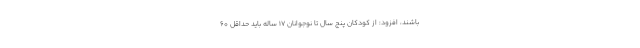
باشند، افزود: از کودکان پنج سال تا نوجوانان 17 ساله باید حداقل ۶۰